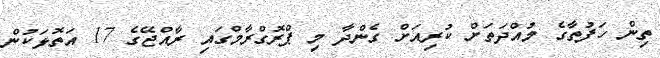
ތިން ހަފުތާގެ މުއްދަތަށް ކުރިއަށް ގެންދާ މި ޕްރޮގްރާމްގައި ރާއްޖޭގެ 17 އަތޮޅަކުން